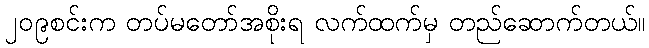
၂၀၉စင်းက တပ်မတော်အစိုးရ လက်ထက်မှ တည်ဆောက်တယ်။